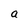
Character: a